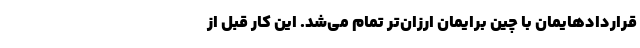
قراردادهایمان با چین برایمان ارزان‌تر تمام می‌شد. این کار قبل از